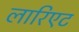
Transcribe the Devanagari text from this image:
लारिएट